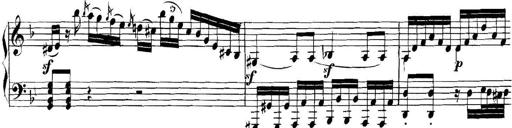
Title: Collected Piano Sonatas
Composer: Muzio Clementi